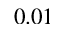
0 . 0 1